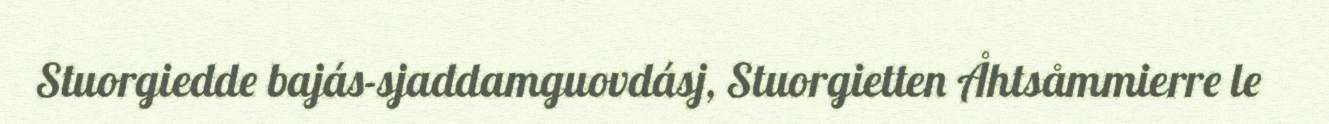
Stuorgiedde bajás-sjaddamguovdásj, Stuorgietten Åhtsåmmierre le